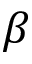
\beta